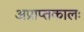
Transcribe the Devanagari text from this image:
अप्राप्तकालः